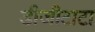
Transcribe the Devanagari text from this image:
डीजीटाटा